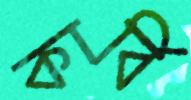
কার্বি